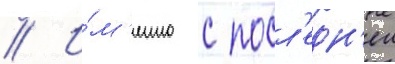
// И́м'енно с посл'едн'еи